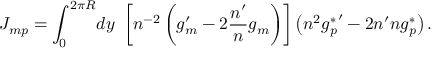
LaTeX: J _ { m p } = \int _ { 0 } ^ { 2 \pi R } \! d y \ \left[ n ^ { - 2 } \left( g _ { m } ^ { \prime } - 2 \frac { n ^ { \prime } } { n } g _ { m } \right) \right] \left( n ^ { 2 } { g _ { p } ^ { * } } ^ { \prime } - 2 n ^ { \prime } n g _ { p } ^ { * } \right) .